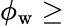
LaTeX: \phi_{\mathrm{w}}\ge